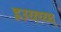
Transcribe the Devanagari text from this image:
इउय्त्य्य्घ्